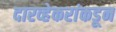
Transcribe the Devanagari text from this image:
दारव्हेकरांकडून